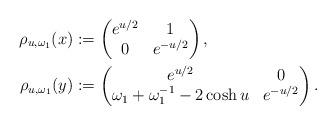
LaTeX: \begin{align*} \rho_{u,\omega_1}(x) &:= \begin{pmatrix} e^{u/2}&1 \\ 0 &e^{-u/2} \end{pmatrix}, \\ \rho_{u,\omega_1}(y) &:= \begin{pmatrix} e^{u/2}&0 \\ \omega_1+\omega_1^{-1}-2\cosh{u}&e^{-u/2} \end{pmatrix}.\end{align*}